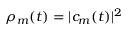
\rho _ { m } ( t ) = | c _ { m } ( t ) | ^ { 2 }